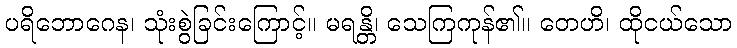
ပရိဘောဂေန၊ သုံးစွဲခြင်းကြောင့်။ မရန္တိ၊ သေကြကုန်၏။ တေဟိ၊ ထိုငယ်သော